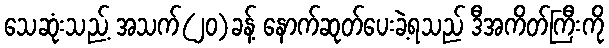
သေဆုံးသည့် အသက်(၂၀)ခန့် နောက်ဆုတ်ပေးခဲ့ရသည် ဒီအကိတ်ကြီးကို